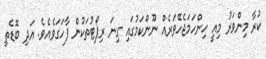
ކުރާ މިންވަރު މިއީ ހިންހަމަޖެހޭވަރެއް ނޫންކަމުގައި ގިނަ ރިޕޯޓުތަކުން ފާހަގަވެއެވެ. އަދި ބޮޑެތި